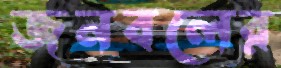
জনবলের